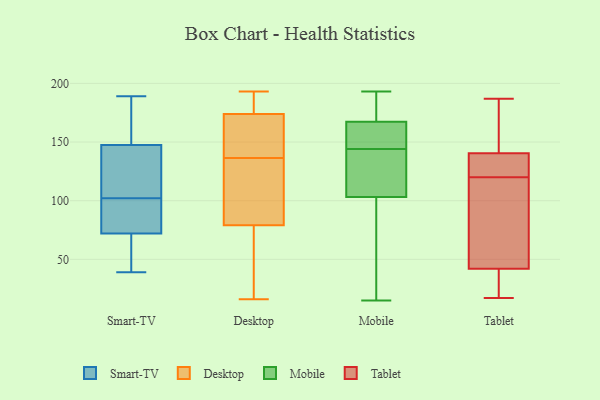
{"axis": {"x": "Net Income (USD K)", "y": "Value"}, "legend": ["Desktop", "Mobile", "Smart-TV", "Tablet"], "data": [{"x": "", "y": 80, "type": "Smart-TV"}, {"x": "", "y": 95, "type": "Smart-TV"}, {"x": "", "y": 68, "type": "Smart-TV"}, {"x": "", "y": 65, "type": "Smart-TV"}, {"x": "", "y": 151, "type": "Smart-TV"}, {"x": "", "y": 60, "type": "Smart-TV"}, {"x": "", "y": 109, "type": "Smart-TV"}, {"x": "", "y": 180, "type": "Smart-TV"}, {"x": "", "y": 75, "type": "Smart-TV"}, {"x": "", "y": 69, "type": "Smart-TV"}, {"x": "", "y": 39, "type": "Smart-TV"}, {"x": "", "y": 144, "type": "Smart-TV"}, {"x": "", "y": 135, "type": "Smart-TV"}, {"x": "", "y": 171, "type": "Smart-TV"}, {"x": "", "y": 189, "type": "Smart-TV"}, {"x": "", "y": 117, "type": "Smart-TV"}, {"x": "", "y": 80, "type": "Smart-TV"}, {"x": "", "y": 166, "type": "Smart-TV"}, {"x": "", "y": 135, "type": "Smart-TV"}, {"x": "", "y": 82, "type": "Smart-TV"}, {"x": "", "y": 183, "type": "Desktop"}, {"x": "", "y": 139, "type": "Desktop"}, {"x": "", "y": 69, "type": "Desktop"}, {"x": "", "y": 173, "type": "Desktop"}, {"x": "", "y": 177, "type": "Desktop"}, {"x": "", "y": 126, "type": "Desktop"}, {"x": "", "y": 67, "type": "Desktop"}, {"x": "", "y": 79, "type": "Desktop"}, {"x": "", "y": 80, "type": "Desktop"}, {"x": "", "y": 174, "type": "Desktop"}, {"x": "", "y": 153, "type": "Desktop"}, {"x": "", "y": 134, "type": "Desktop"}, {"x": "", "y": 16, "type": "Desktop"}, {"x": "", "y": 193, "type": "Desktop"}, {"x": "", "y": 155, "type": "Mobile"}, {"x": "", "y": 15, "type": "Mobile"}, {"x": "", "y": 117, "type": "Mobile"}, {"x": "", "y": 193, "type": "Mobile"}, {"x": "", "y": 135, "type": "Mobile"}, {"x": "", "y": 144, "type": "Mobile"}, {"x": "", "y": 151, "type": "Mobile"}, {"x": "", "y": 158, "type": "Mobile"}, {"x": "", "y": 77, "type": "Mobile"}, {"x": "", "y": 177, "type": "Mobile"}, {"x": "", "y": 179, "type": "Mobile"}, {"x": "", "y": 190, "type": "Mobile"}, {"x": "", "y": 133, "type": "Mobile"}, {"x": "", "y": 164, "type": "Mobile"}, {"x": "", "y": 112, "type": "Mobile"}, {"x": "", "y": 38, "type": "Mobile"}, {"x": "", "y": 71, "type": "Mobile"}, {"x": "", "y": 103, "type": "Tablet"}, {"x": "", "y": 17, "type": "Tablet"}, {"x": "", "y": 120, "type": "Tablet"}, {"x": "", "y": 36, "type": "Tablet"}, {"x": "", "y": 78, "type": "Tablet"}, {"x": "", "y": 173, "type": "Tablet"}, {"x": "", "y": 133, "type": "Tablet"}, {"x": "", "y": 141, "type": "Tablet"}, {"x": "", "y": 129, "type": "Tablet"}, {"x": "", "y": 177, "type": "Tablet"}, {"x": "", "y": 31, "type": "Tablet"}, {"x": "", "y": 187, "type": "Tablet"}, {"x": "", "y": 106, "type": "Tablet"}, {"x": "", "y": 139, "type": "Tablet"}, {"x": "", "y": 22, "type": "Tablet"}, {"x": "", "y": 60, "type": "Tablet"}, {"x": "", "y": 167, "type": "Tablet"}, {"x": "", "y": 29, "type": "Tablet"}, {"x": "", "y": 128, "type": "Tablet"}]}